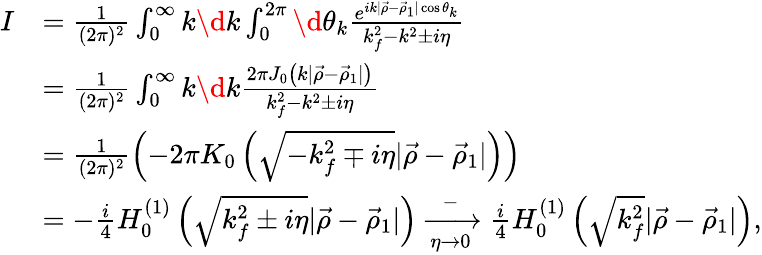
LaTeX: \begin{array}{rl}{I}&{=\frac{1}{(2\pi)^{2}}\int_{0}^{\infty}k\d k\int_{0}^{2\pi}\d\theta_{k}\frac{e^{ik\vert\vec{\rho}-\vec{\rho}_{1}\vert\cos\theta_{k}}}{k_{f}^{2}-k^{2}\pm i\eta}}\\ &{=\frac{1}{(2\pi)^{2}}\int_{0}^{\infty}k\d k\frac{2\pi J_{0}\left(k\vert\vec{\rho}-\vec{\rho}_{1}\vert\right)}{k_{f}^{2}-k^{2}\pm i\eta}}\\ &{=\frac{1}{(2\pi)^{2}}\left(-2\pi K_{0}\left(\sqrt{-k_{f}^{2}\mp i\eta}\vert\vec{\rho}-\vec{\rho}_{1}\vert\right)\right)}\\ &{=-\frac{i}{4}H_{0}^{(1)}\left(\sqrt{k_{f}^{2}\pm i\eta}\vert\vec{\rho}-\vec{\rho}_{1}\vert\right)\xrightarrow[\eta\to 0]-\frac{i}{4}H_{0}^{(1)}\left(\sqrt{k_{f}^{2}}\vert\vec{\rho}-\vec{\rho}_{1}\vert\right),}\end{array}